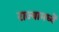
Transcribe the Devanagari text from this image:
राज्यामध्यें